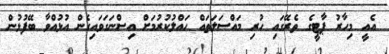
އެއީ މިހާރު ޕާޓީގެ ތެރޭގައި ހުރި މައްސަލަތައް ހައްލުކުރުމަށް އިސްނަގަވައިގެން އުޅުއްވާ ބޭފުޅުން